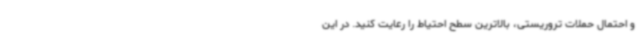
و احتمال حملات تروریستی، بالاترین سطح احتیاط را رعایت کنید. در این